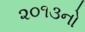
૨૦૧૩નો